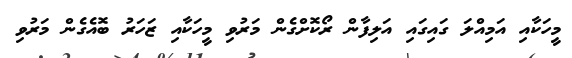
މީހަކާއި އަމިއްލަ ގައިގައި އަލިފާން ރޯކޮށްގެން މަރުވި މީހަކާއި ޒަހަރު ބޮއެގެން މަރުވި